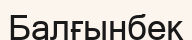
Балғынбек